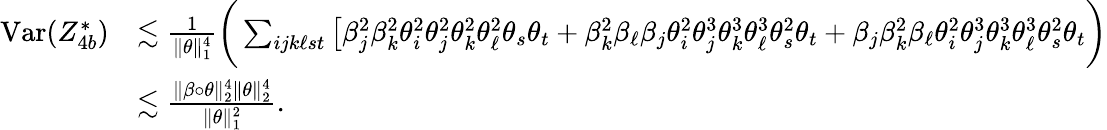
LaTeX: \begin{array}{rl}{\mathrm{Var}(Z_{4b}^{*})}&{\lesssim\frac{1}{\| \theta\| _{1}^{4}}\bigg(\sum_{ijk\ell st}\big[\beta_{j}^{2}\beta_{k}^{2}\theta_{i}^{2}\theta_{j}^{2}\theta_{k}^{2}\theta_{\ell}^{2}\theta_{s}\theta_{t}+\beta_{k}^{2}\beta_{\ell}\beta_{j}\theta_{i}^{2}\theta_{j}^{3}\theta_{k}^{3}\theta_{\ell}^{3}\theta_{s}^{2}\theta_{t}+\beta_{j}\beta_{k}^{2}\beta_{\ell}\theta_{i}^{2}\theta_{j}^{3}\theta_{k}^{3}\theta_{\ell}^{3}\theta_{s}^{2}\theta_{t}\bigg)}\\ &{\lesssim\frac{\| \beta\circ\theta\| _{2}^{4}\| \theta\| _{2}^{4}}{\| \theta\| _{1}^{2}}.}\end{array}